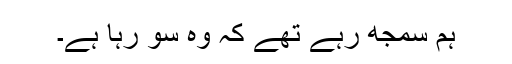
ہم سمجھ رہے تھے کہ وہ سو رہا ہے۔